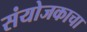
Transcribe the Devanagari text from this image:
संयोजकाचा